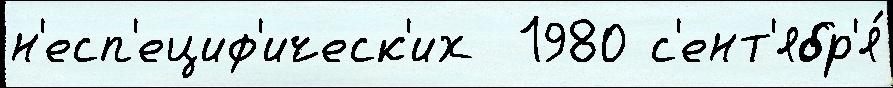
н'есп'ециф'ическ'их  1980 с'ент'ябр'я́